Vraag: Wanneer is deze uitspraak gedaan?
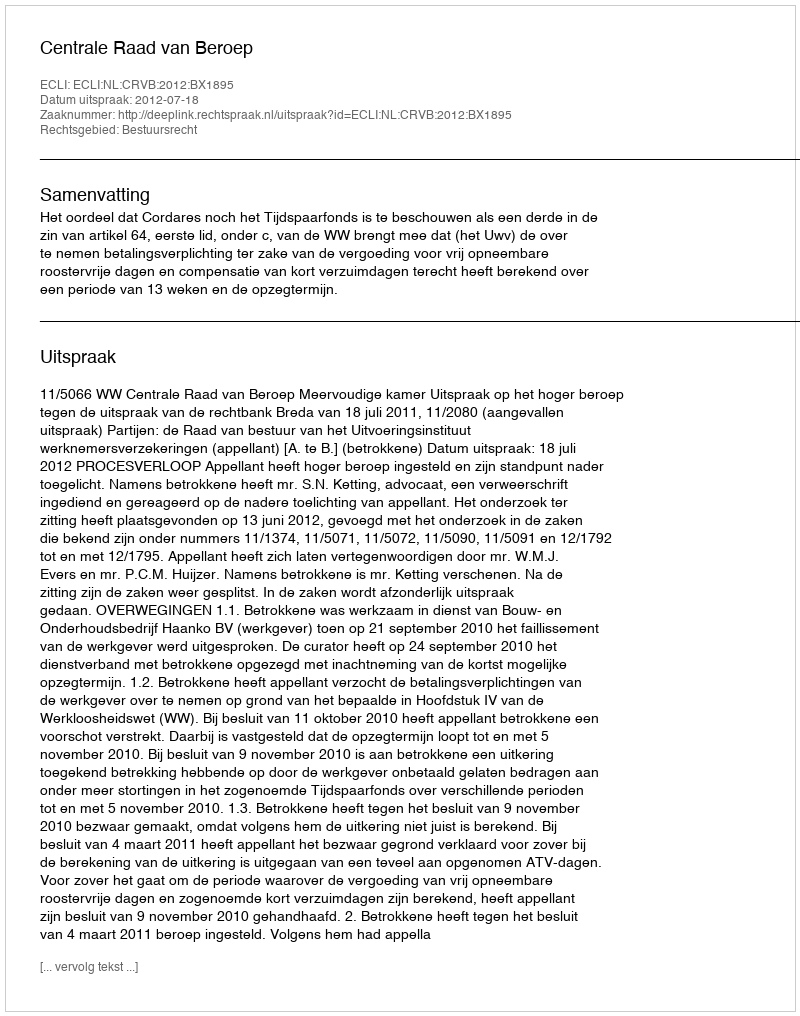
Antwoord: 2012-07-18